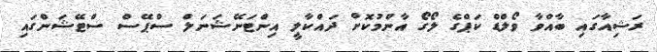
ރަޝިއާގައި ބާއްވާ ވޯލްޑް ކަޕްގެ ލޯގޯ އާންމުކޮށް ދައްކާލީ އިންޓަނޭޝަނަލް ސްޕޭސް ސްޓޭޝަންގައި